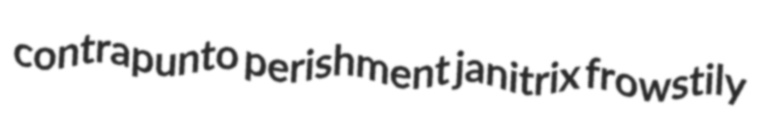
contrapunto perishment janitrix frowstily